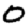
Digit: 0